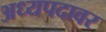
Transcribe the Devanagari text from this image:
अध्यपदावर